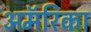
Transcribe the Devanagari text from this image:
अमॅरिका